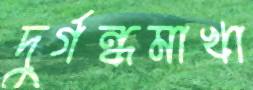
দুর্গন্ধমাখা